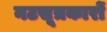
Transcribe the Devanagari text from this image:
नटसूत्रकारों